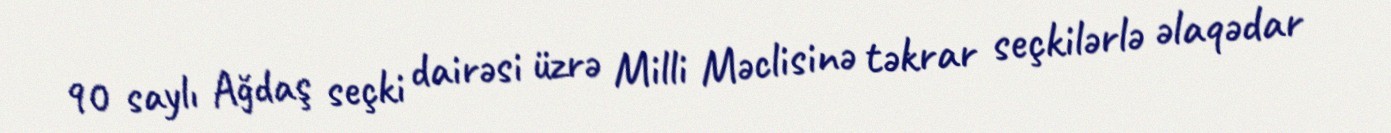
90 saylı Ağdaş seçki dairəsi üzrə Milli Məclisinə təkrar seçkilərlə əlaqədar